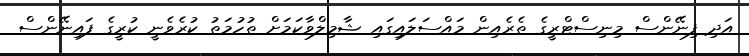
އަދި ފިނޭންސް މިނިސްޓްރީގެ ތެރެއިން މައްސަލައިގައި ޝާމިލްވާކަމަށް ތުހުމަތު ކުރެވެނީ ކުރީގެ ފައިނޭންސް